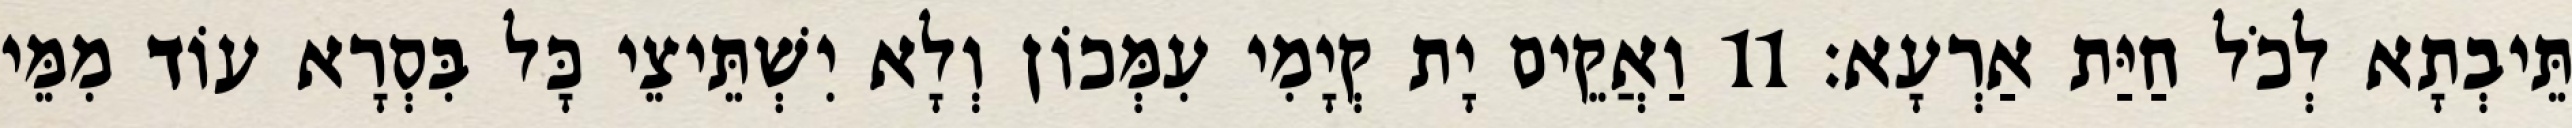
תֵּיבְתָא לְכֹל חַיַּת אַרְעָא׃ 11 וַאֲקֵים יָת קְיָמִי עִמְּכוֹן וְלָא יִשְׁתֵּיצֵי כָּל בִּסְרָא עוֹד מִמֵּי